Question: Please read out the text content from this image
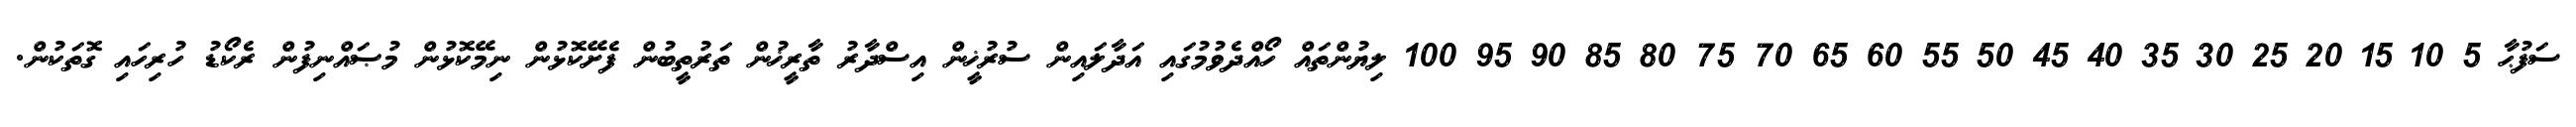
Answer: ސަފުޙާ 5 10 15 20 25 30 35 40 45 50 55 60 65 70 75 80 85 90 95 100 ލިޔުންތައް ހޯއްދެވުމުގައި އަދާލައިން ސުރުޚީން އިސްދާރު ތާރީޚުން ތަރުތީބުން ފެށޭކޮޅުން ނިމޭކޮޅުން މުޞައްނިފުން ރެކޯޑު ހުރިހައި ގޮތަކުން.